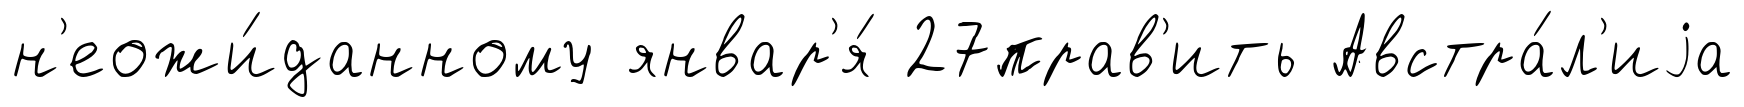
н'еожи́данному январ'я́ 27прав'ить Австра́л'иjа